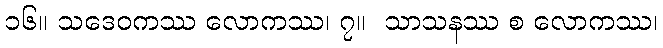
၁၆။ သဒေဝကဿ လောကဿ၊ ၇။  သာသနဿ စ လောကဿ၊